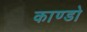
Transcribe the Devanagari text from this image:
काण्डो